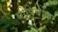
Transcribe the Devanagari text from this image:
सीपियोन